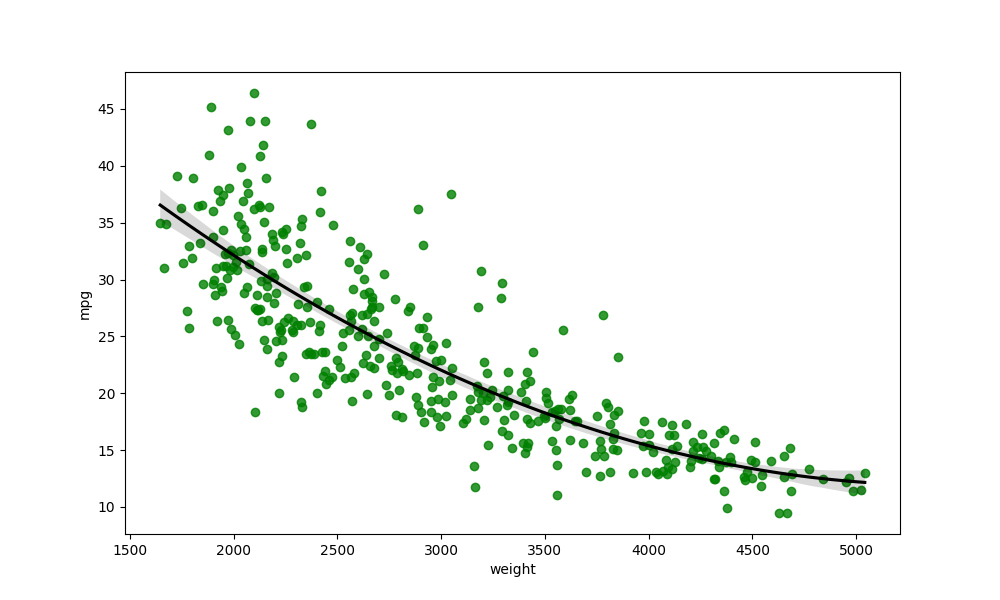
python, seaborn, regplot, order=2, ci=95, scatter_color=green, line_color=black